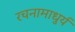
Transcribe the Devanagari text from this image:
रचनामाधुर्य